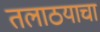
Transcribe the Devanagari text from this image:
तलाठयाचा